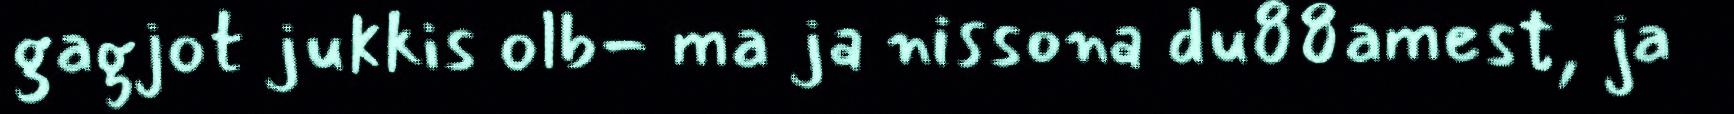
gagjot jukkis olb- ma ja nissona du88amest, ja